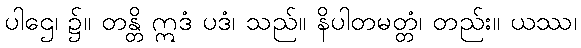
ပါဌေ၊ ၌။ တန္တိ ဣဒံ ပဒံ၊ သည်။ နိပါတမတ္တံ၊ တည်း။ ယဿ၊